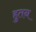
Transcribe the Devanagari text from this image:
हुतन